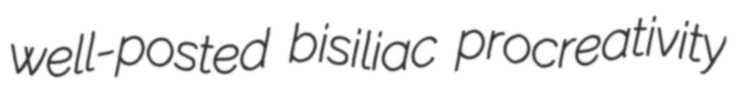
well-posted bisiliac procreativity